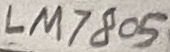
Text: LM7805